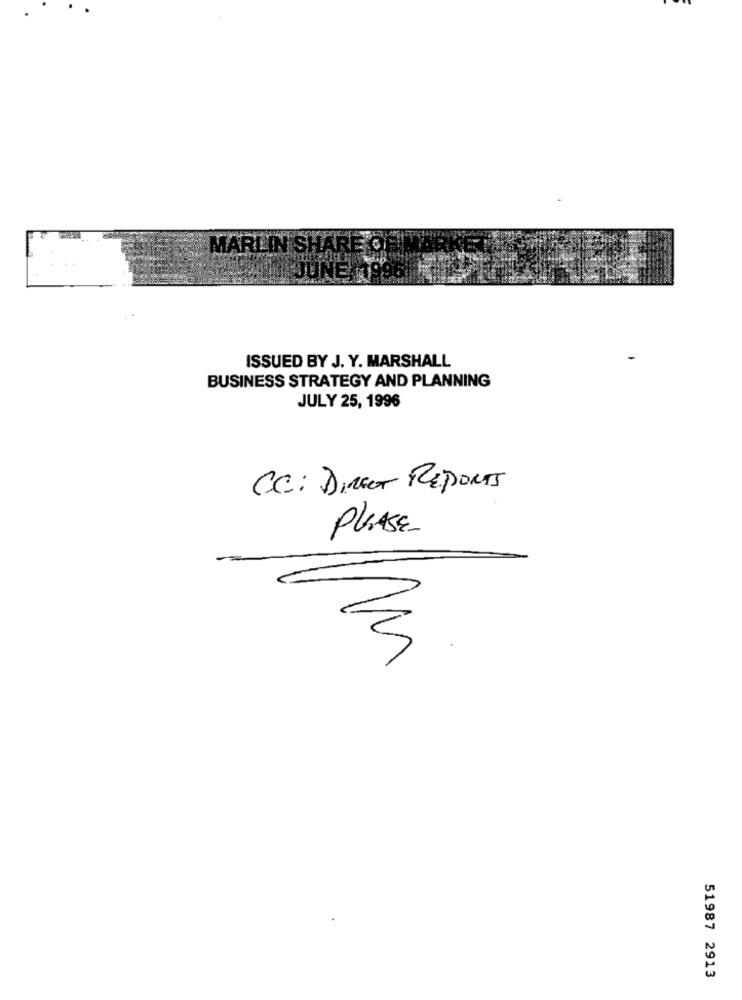
ISSUED BY J. Y. MARSHALL
BUSINESS STRATEGY AND PLANNING
JULY 25, 1996
CC: DIRECT REPORTS
PLEASE
51987 2913